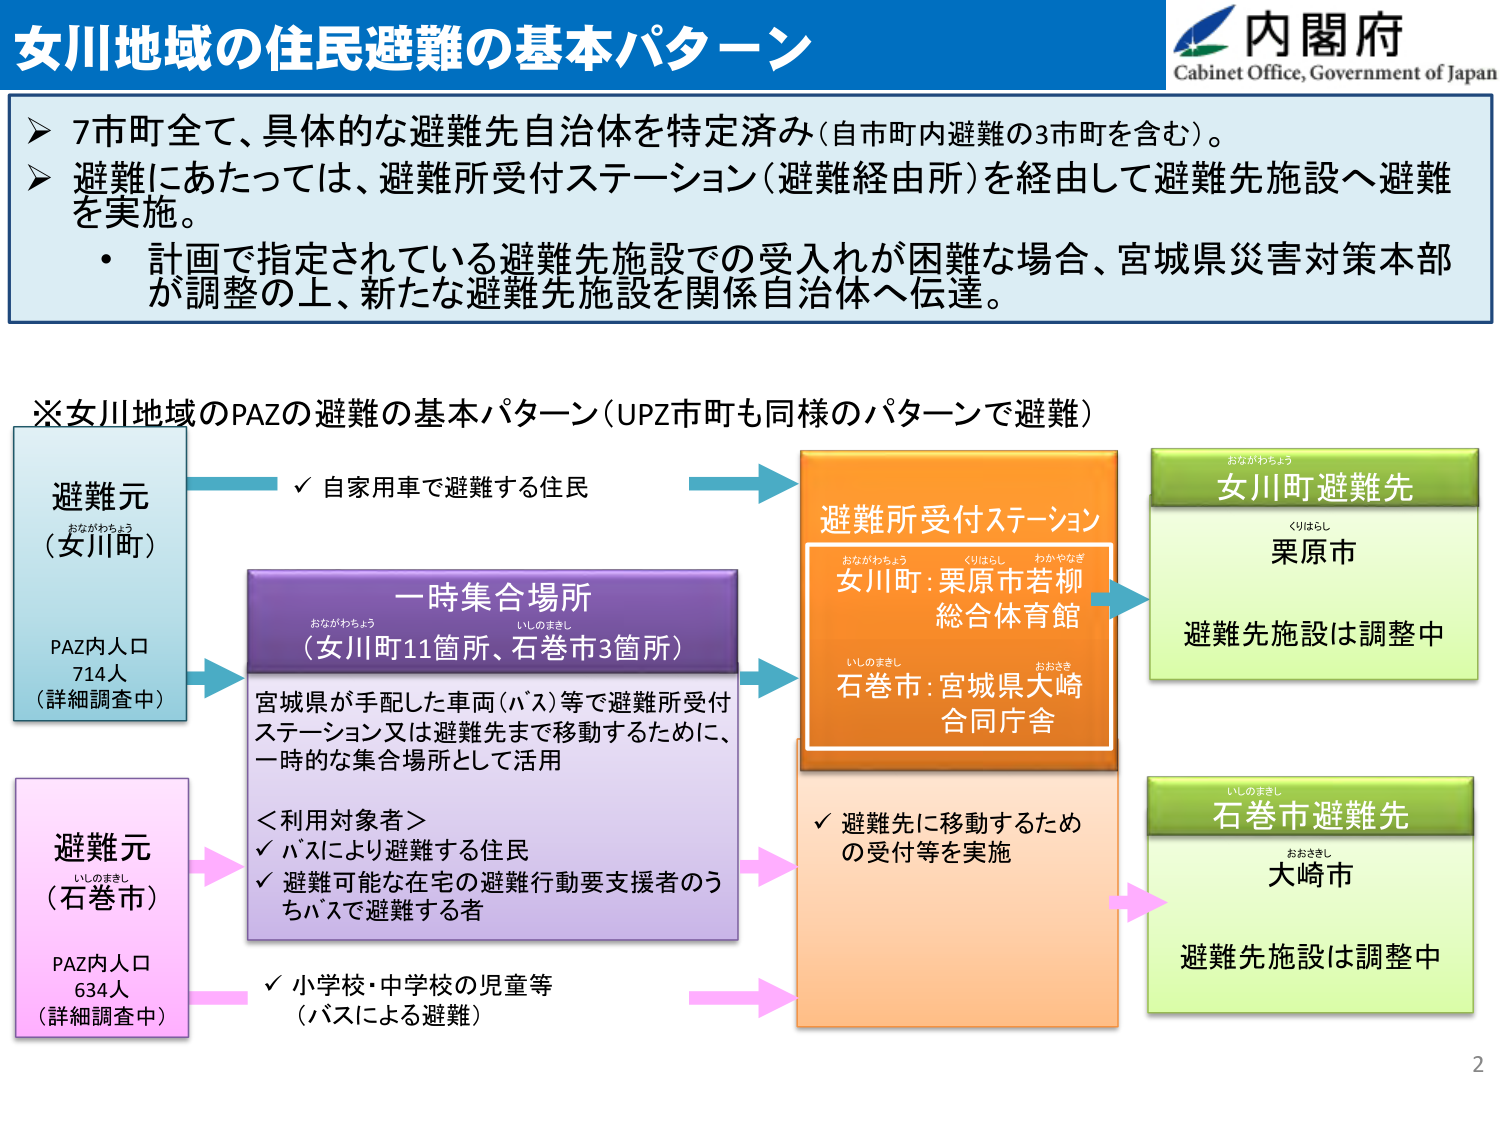
女川地域の住民避難の基本パターン

内閣府
Cabinet Office, Government of Japan

➤ 7市町全て、具体的な避難先自治体を特定済み（自市町内避難の3市町を含む）。
➤ 避難にあたっては、避難所受付ステーション（避難経由所）を経由して避難先施設へ避難を実施。
・ 計画で指定されている避難先施設での受入れが困難な場合、宮城県災害対策本部が調整の上、新たな避難先施設を関係自治体へ伝達。

※女川地域のPAZの避難の基本パターン（UPZ市町も同様のパターンで避難）

避難元
（女川町）
おながわちょう
PAZ内人口
714人
（詳細調査中）

✓ 自家用車で避難する住民

一時集合場所
おながわちょう
いしのまきし
（女川町11箇所、石巻市3箇所）

宮城県が手配した車両（バス）等で避難所受付ステーション又は避難先まで移動するために、一時的な集合場所として活用

＜利用対象者＞
✓ バスにより避難する住民
✓ 避難可能な在宅の避難行動要支援者のうちバスで避難する者
✓ 小学校・中学校の児童等
（バスによる避難）

避難所受付ステーション
おながわちょう
くりはらし
わかやなぎ
女川町：栗原市若柳
総合体育館
いしのまきし
おおさき
石巻市：宮城県大崎
合同庁舎

✓ 避難先に移動するための受付等を実施

女川町避難先
おながわちょう
くりはらし
栗原市
避難先施設は調整中

避難元
（石巻市）
いしのまきし
PAZ内人口
634人
（詳細調査中）

石巻市避難先
いしのまきし
おおさきし
大崎市
避難先施設は調整中

2